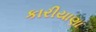
કારીયાણા